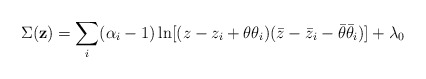
\begin{align*}\Sigma ({\bf z}) = \sum_i (\alpha_i-1)\ln [(z-z_i+\theta\theta_i)(\bar z-\bar z_i-\bar\theta\bar\theta_i)]+\lambda_0\end{align*}